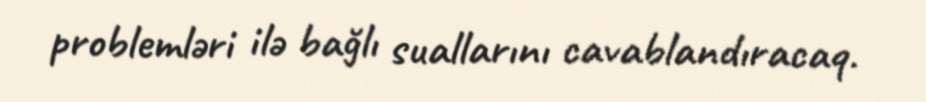
problemləri ilə bağlı suallarını cavablandıracaq.